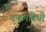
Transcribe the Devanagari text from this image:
दफनविधी